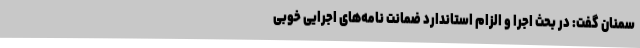
سمنان گفت: در بحث اجرا و الزام استاندارد ضمانت نامه‌های اجرایی خوبی